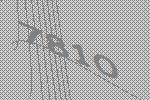
7810